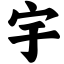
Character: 宇